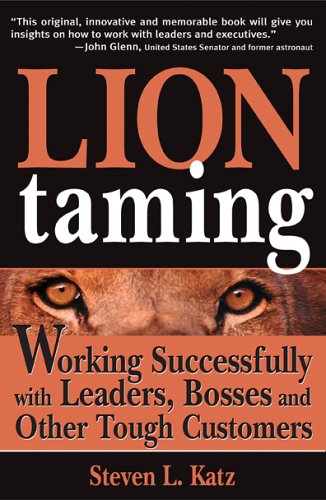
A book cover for Lion Taming: Working Successfully with Leaders, Bosses and Other Tough Customers; Steven Katz; Health, Fitness & Dieting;